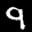
Label: 9